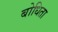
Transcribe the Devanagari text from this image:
बोधिता